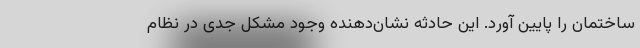
ساختمان را پایین آورد. این حادثه نشان‌دهنده وجود مشکل جدی در نظام